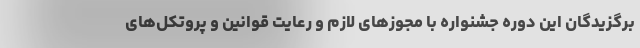
برگزیدگان این دوره جشنواره با مجوزهای لازم و رعایت قوانین و پروتکل‌های